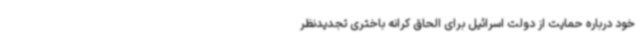
خود درباره حمایت از دولت اسرائیل برای الحاق کرانه باختری تجدیدنظر